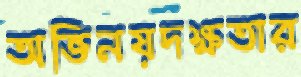
অভিনয়দক্ষতার